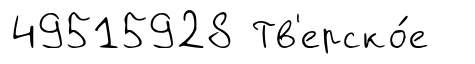
49515928 Тв'ерско́е